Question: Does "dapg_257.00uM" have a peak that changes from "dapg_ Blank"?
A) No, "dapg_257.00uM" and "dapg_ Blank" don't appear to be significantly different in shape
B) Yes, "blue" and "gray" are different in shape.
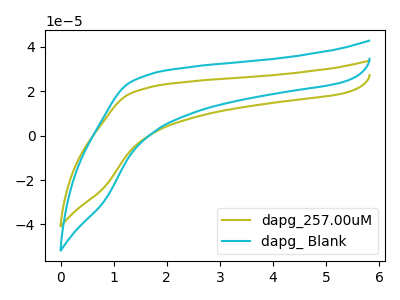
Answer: <think>The olive curve "dapg_257.00uM" has no peaks. The cyan curve "dapg_ Blank" has no peaks.
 Neither "dapg_257.00uM" or "dapg_ Blank" have any peaks.</think>
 <answer>A) No, "dapg_257.00uM" and "dapg_ Blank" don't appear to be significantly different in shape</answer>
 <eval>A</eval>